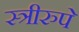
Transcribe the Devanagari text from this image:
स्त्रीरुपे